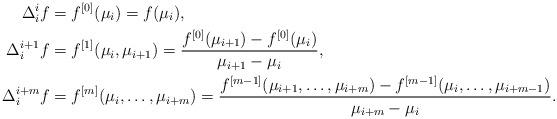
LaTeX: \begin{align*} \Delta_i^{i}f&=f^{[0]}(\mu_i)=f(\mu_i),\\\Delta_i^{i+1}f&=f^{[1]}(\mu_i,\mu_{i+1})=\frac{f^{[0]}(\mu_{i+1})-f^{[0]}(\mu_i)}{\mu_{i+1}-\mu_i},\\\Delta_i^{i+m}f&=f^{[m]}(\mu_i,\dots,\mu_{i+m})=\frac{f^{[m-1]}(\mu_{i+1},\dots,\mu_{i+m})-f^{[m-1]}(\mu_{i},\dots,\mu_{i+m-1})} {\mu_{i+m}-\mu_i}. \end{align*}